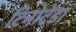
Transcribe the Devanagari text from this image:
टिनोटेंडा